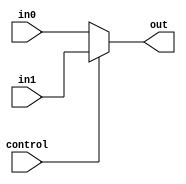
`timescale 1ns / 1ps
//////////////////////////////////////////////////////////////////////////////////
// Company: 
// Engineer: 
// 
// Design Name: 
// Module Name: MUX2L_32
// Project Name: 
// Target Devices: 
// Tool Versions: 
// Description: 
// 
// Dependencies: 
// 
// Revision:
// Revision 0.01 - File Created
// Additional Comments:
// 
//////////////////////////////////////////////////////////////////////////////////


module MUX2L_32(
	input control,
	input [31:0] in0,
	input [31:0] in1,
	output [31:0] out
);
	assign out = control ? in1 : in0;
endmodule